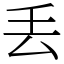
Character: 丢